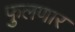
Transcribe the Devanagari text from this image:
फुलणार